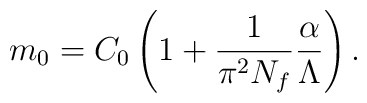
m_{0}=C_0\left(1+\frac{1}{\pi^2N_f}{\alpha\over\Lambda}\right).